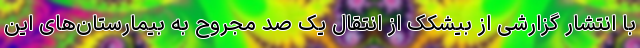
با انتشار گزارشی از بیشکک از انتقال یک صد مجروح به بیمارستان‌های این